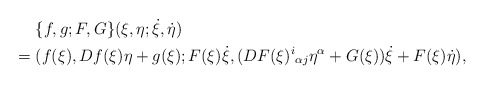
\begin{align*}&\hphantom{{}={}}\{f,g;F,G\}(\xi,\eta;\dot{\xi},\dot{\eta})\\*&=(f(\xi),Df(\xi)\eta+g(\xi);F(\xi)\dot{\xi},(DF(\xi)^i{}_{\alpha j}\eta^\alpha+G(\xi))\dot{\xi}+F(\xi)\dot{\eta}),\end{align*}